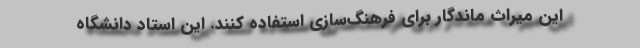
این میراث ماندگار برای فرهنگ‌سازی استفاده کنند. این استاد دانشگاه